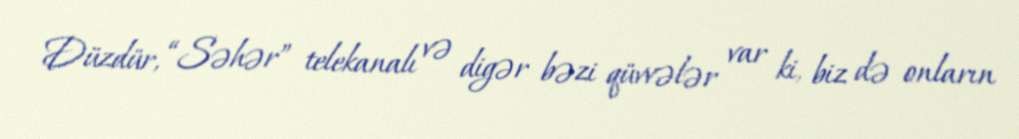
Düzdür, “Səhər” telekanalı və digər bəzi qüvvələr var ki, biz də onların